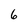
Character: 6